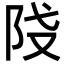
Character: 𨸽